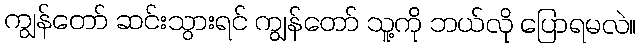
ကျွန်တော် ဆင်းသွားရင် ကျွန်တော် သူ့ကို ဘယ်လို ပြောရမလဲ။